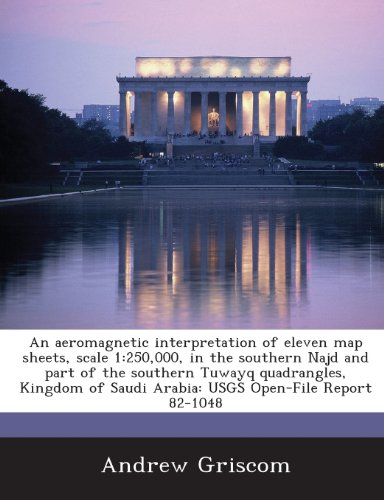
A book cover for An aeromagnetic interpretation of eleven map sheets, scale 1: 250,000, in the southern Najd and part of the southern Tuwayq quadrangles, Kingdom of Saudi Arabia: USGS Open-File Report 82-1048; Andrew Griscom; Travel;